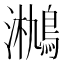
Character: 𤄄